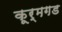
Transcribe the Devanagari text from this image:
कूर्मगड